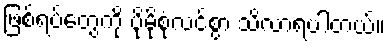
ဖြစ်ရပ်တွေကို ပိုမိုစုံလင်စွာ သိလာရပါတယ်။